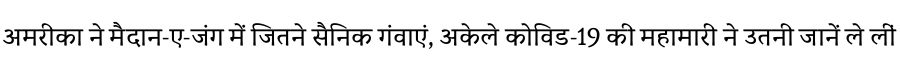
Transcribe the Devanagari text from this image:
अमरीका ने मैदान-ए-जंग में जितने सैनिक गंवाएं, अकेले कोविड-19 की महामारी ने उतनी जानें ले लीं